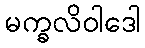
မက္ခလိဝါဒေါ